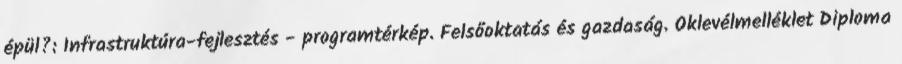
épül?: Infrastruktúra-fejlesztés - programtérkép. Felsőoktatás és gazdaság. Oklevélmelléklet Diploma